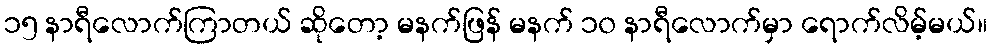
၁၅ နာရီလောက်ကြာတယ် ဆိုတော့ မနက်ဖြန် မနက် ၁၀ နာရီလောက်မှာ ရောက်လိမ့်မယ်။